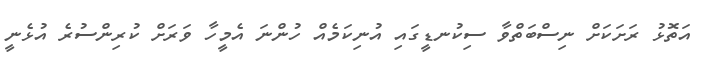
އަތޮޅު ރަށަކަށް ނިސްބަތްވާ ސިކުނޑީގައި އުނިކަމެއް ހުންނަ އެމީހާ ވަރަށް ކުރިންސުރެ އުޅެނީ